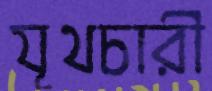
যূথচারী